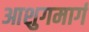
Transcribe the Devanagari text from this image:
आशुगमार्ग